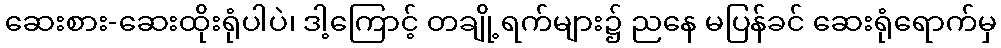
ဆေးစား-ဆေးထိုးရုံပါပဲ၊ ဒါ့ကြောင့် တချို့ရက်များ၌ ညနေ မပြန်ခင် ဆေးရုံရောက်မှ